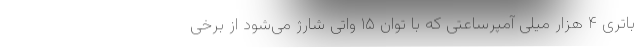
باتری ۴ هزار میلی آمپرساعتی که با توان ۱۵ واتی شارژ می‌شود از برخی